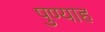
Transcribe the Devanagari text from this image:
पुण्याह